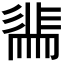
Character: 𭛖